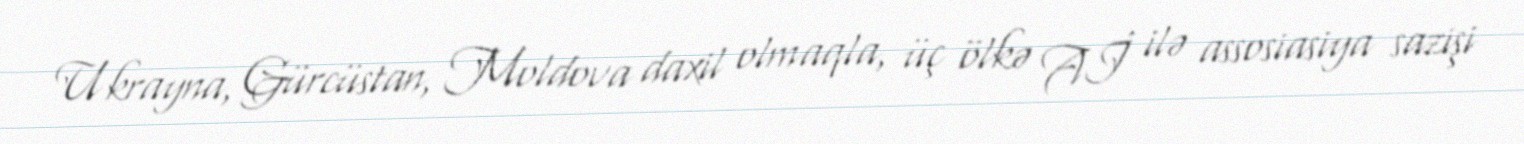
Ukrayna, Gürcüstan, Moldova daxil olmaqla, üç ölkə Aİ ilə assosiasiya sazişi